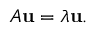
A \mathbf { u } = \lambda \mathbf { u } .